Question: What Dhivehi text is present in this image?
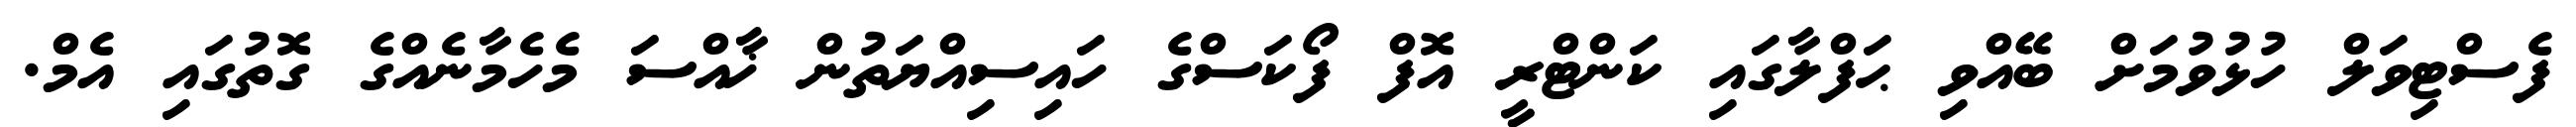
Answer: ފެސްޓިވަލް ހުޅުވުމަށް ބޭއްވި ޙަފްލާގައި ކަންޓްރީ އޮފް ފޯކަސްގެ ހައިސިއްޔަތުން ޚާއްސަ މެހެމާނެއްގެ ގޮތުގައި އެމް.